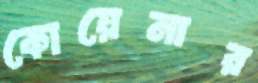
কোয়েনার